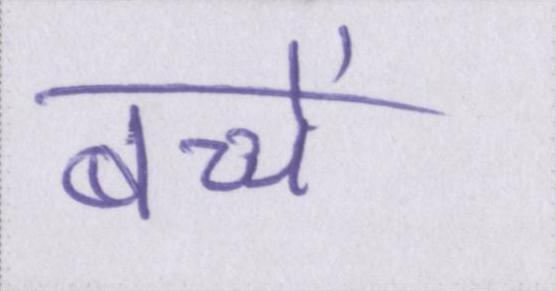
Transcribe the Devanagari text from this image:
बच्चें